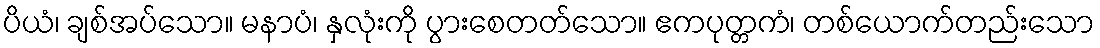
ပိယံ၊ ချစ်အပ်သော။ မနာပံ၊ နှလုံးကို ပွားစေတတ်သော။ ဧကပုတ္တကံ၊ တစ်ယောက်တည်းသော